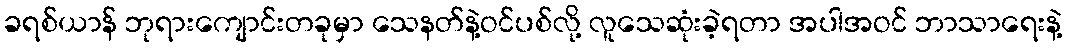
ခရစ်ယာန် ဘုရားကျောင်းတခုမှာ သေနတ်နဲ့ဝင်ပစ်လို့ လူသေဆုံးခဲ့ရတာ အပါအဝင် ဘာသာရေးနဲ့